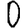
Digit: 0